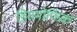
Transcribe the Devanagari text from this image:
डिसमोर्फिक